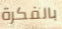
بالفكرة